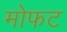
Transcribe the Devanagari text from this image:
मोफट